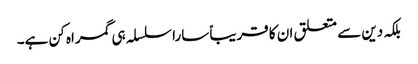
بلکہ دین سے متعلق ان کا قریباً سارا سلسلہ ہی گمراہ کن ہے۔